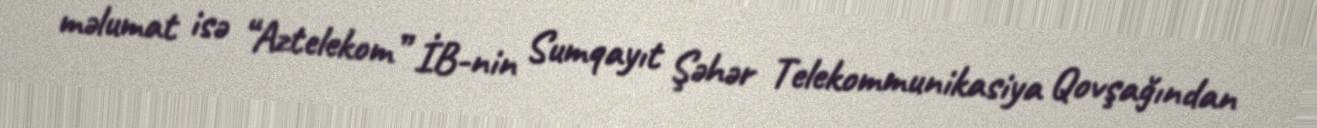
məlumat isə “Aztelekom” İB-nin Sumqayıt Şəhər Telekommunikasiya Qovşağından